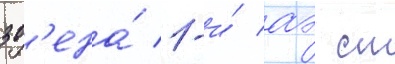
зв'ена́ 1-и́ аэ ст